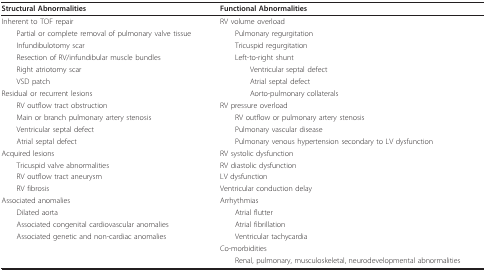
<table><thead><tr><td><b>Structural Abnormalities</b></td><td><b>Functional Abnormalities</b></td></tr></thead><tbody><tr><td>Inherent to TOF repair</td><td>RV volume overload</td></tr><tr><td> Partial or complete removal of pulmonary valve tissue</td><td> Pulmonary regurgitation</td></tr><tr><td> Infundibulotomy scar</td><td> Tricuspid regurgitation</td></tr><tr><td> Resection of RV/infundibular muscle bundles</td><td> Left-to-right shunt</td></tr><tr><td> Right atriotomy scar</td><td>Ventricular septal defect</td></tr><tr><td> VSD patch</td><td>Atrial septal defect</td></tr><tr><td>Residual or recurrent lesions</td><td>Aorto-pulmonary collaterals</td></tr><tr><td> RV outflow tract obstruction</td><td>RV pressure overload</td></tr><tr><td> Main or branch pulmonary artery stenosis</td><td> RV outflow or pulmonary artery stenosis</td></tr><tr><td> Ventricular septal defect</td><td> Pulmonary vascular disease</td></tr><tr><td> Atrial septal defect</td><td> Pulmonary venous hypertension secondary to LV dysfunction</td></tr><tr><td>Acquired lesions</td><td>RV systolic dysfunction</td></tr><tr><td> Tricuspid valve abnormalities</td><td>RV diastolic dysfunction</td></tr><tr><td> RV outflow tract aneurysm</td><td>LV dysfunction</td></tr><tr><td> RV fibrosis</td><td>Ventricular conduction delay</td></tr><tr><td>Associated anomalies</td><td>Arrhythmias</td></tr><tr><td> Dilated aorta</td><td> Atrial flutter</td></tr><tr><td> Associated congenital cardiovascular anomalies</td><td> Atrial fibrillation</td></tr><tr><td> Associated genetic and non-cardiac anomalies</td><td> Ventricular tachycardia</td></tr><tr><td></td><td>Co-morbidities</td></tr><tr><td></td><td> Renal, pulmonary, musculoskeletal, neurodevelopmental abnormalities</td></tr></tbody></table>